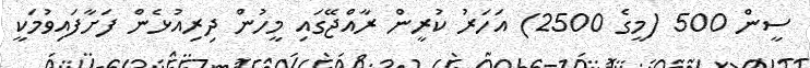
ސީން 500 (މީގެ 2500) އަހަރު ކުރީން ރާއްޖޭގައި މީހުން ދިރިއުޅެން ފަށާފައިވުމަކީ